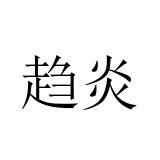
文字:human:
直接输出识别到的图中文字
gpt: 趋炎